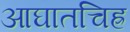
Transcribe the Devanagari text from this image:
आघातचिह्र